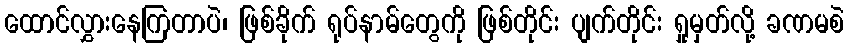
ထောင်လွှားနေကြတာပဲ၊ ဖြစ်ခိုက် ရုပ်နာမ်တွေကို ဖြစ်တိုင်း ပျက်တိုင်း ရှုမှတ်လို့ ခဏမစဲ